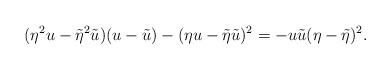
LaTeX: \begin{align*}(\eta^2u-\tilde\eta^2\tilde u)(u-\tilde u)-(\eta u-\tilde\eta\tilde u)^2=-u\tilde u(\eta-\tilde\eta)^2.\end{align*}